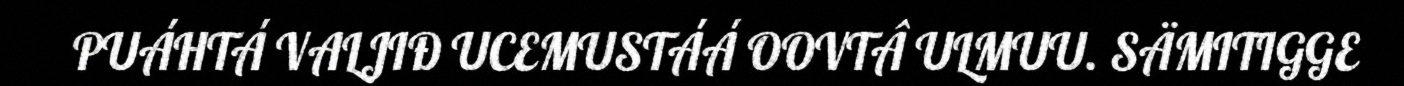
PUÁHTÁ VALJIĐ UCEMUSTÁÁ OOVTÂ ULMUU. SÄMITIGGE